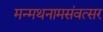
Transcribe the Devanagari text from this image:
मन्मथनामसंवत्सर